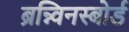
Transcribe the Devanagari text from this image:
ब्रन्न्विनस्बोर्ड